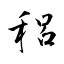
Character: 稆